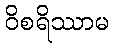
ဝိစရိဿာမ